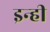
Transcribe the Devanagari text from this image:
इन्‍ही